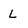
Character: L